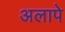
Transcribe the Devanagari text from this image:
अलापे